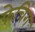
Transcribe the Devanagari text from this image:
फेचिंग